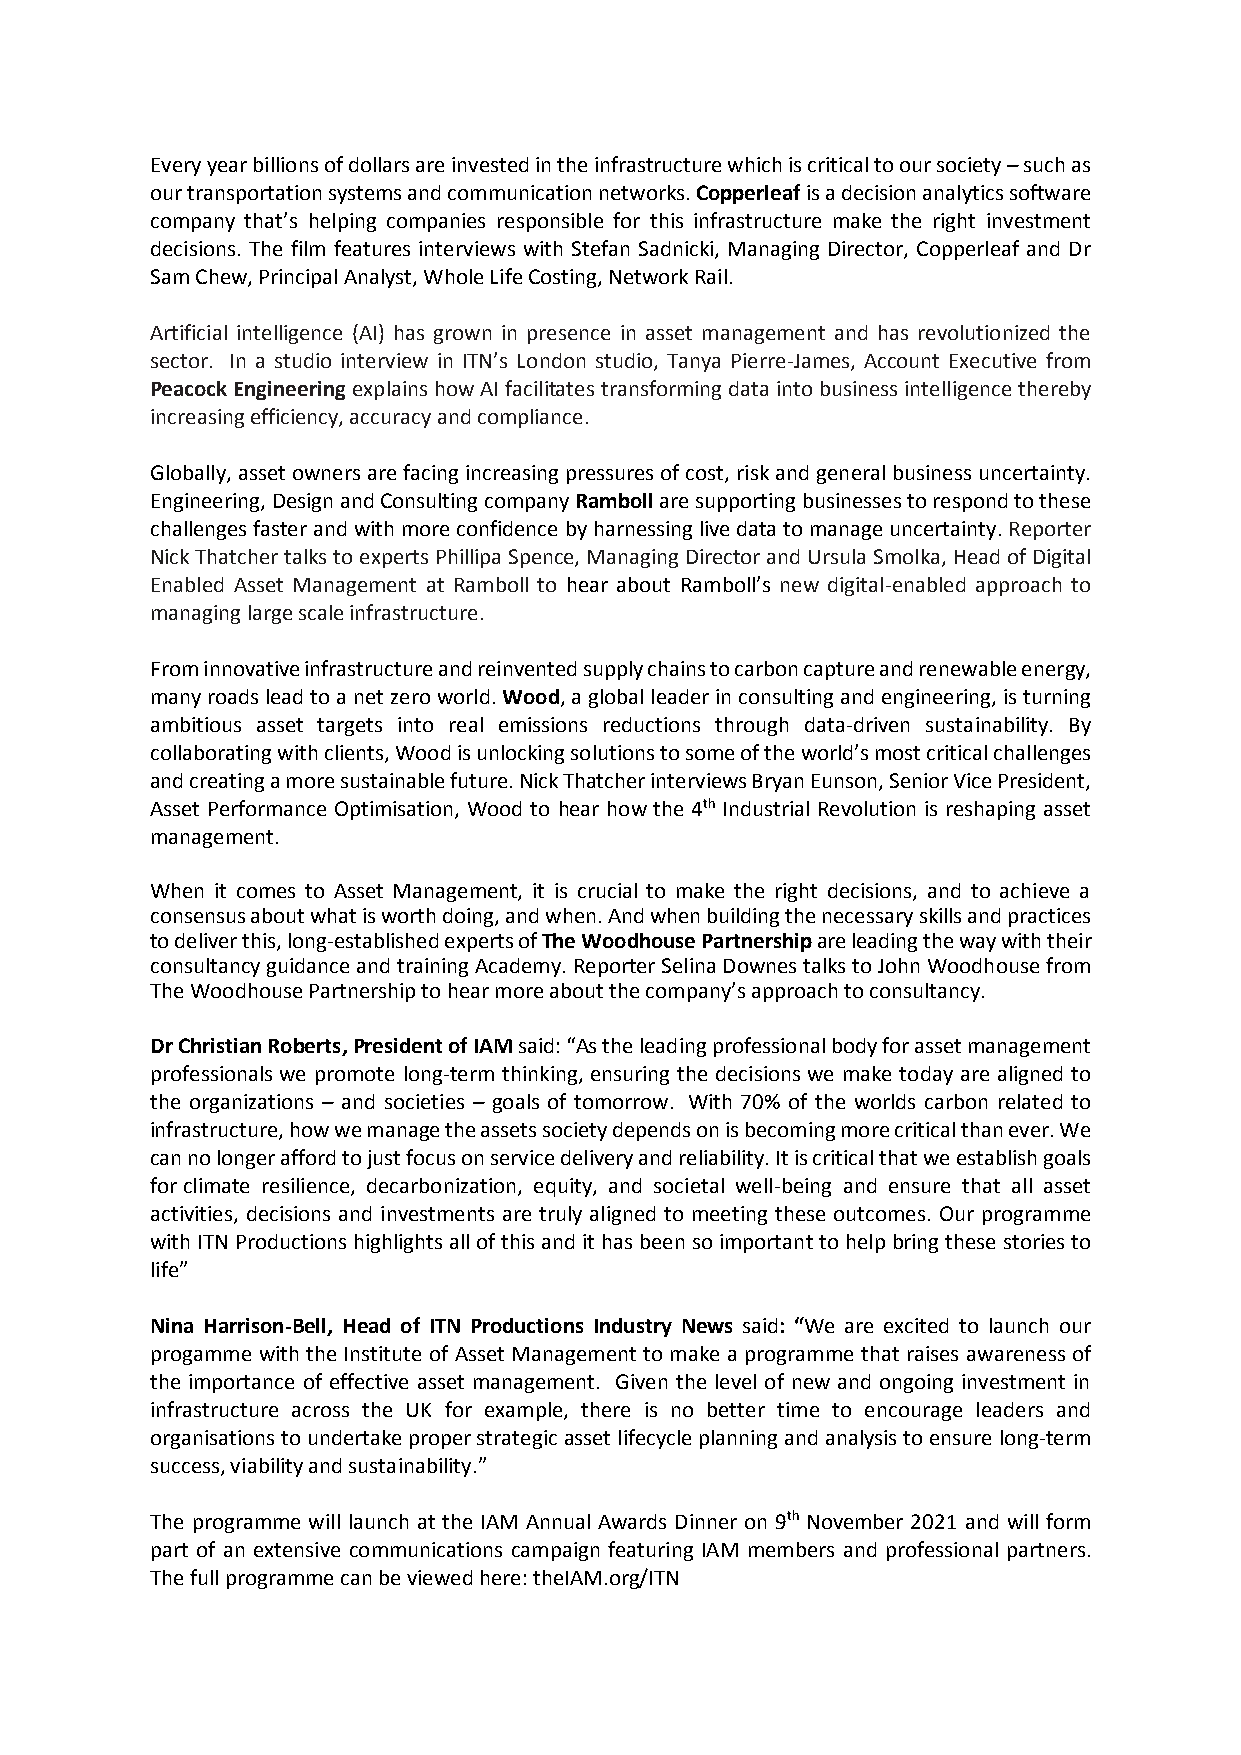
Every year billions of dollars are invested in the infrastructure which is critical to our society – such as
 our transportation systems and communication networks. Copperleaf is a decision analytics software
 company that’s helping companies responsible for this infrastructure make the right investment
 decisions. The film features interviews with Stefan Sadnicki, Managing Director, Copperleaf and Dr
 Sam Chew, Principal Analyst, Whole Life Costing, Network Rail.
 Artificial intelligence (AI) has grown in presence in asset management and has revolutionized the
 sector. In a studio interview in ITN’s London studio, Tanya Pierre-James, Account Executive from
 Peacock Engineering explains how AI facilitates transforming data into business intelligence thereby
 increasing efficiency, accuracy and compliance.
 Globally, asset owners are facing increasing pressures of cost, risk and general business uncertainty.
 Engineering, Design and Consulting company Ramboll are supporting businesses to respond to these
 challenges faster and with more confidence by harnessing live data to manage uncertainty. Reporter
 Nick Thatcher talks to experts Phillipa Spence, Managing Director and Ursula Smolka, Head of Digital
 Enabled Asset Management at Ramboll to hear about Ramboll’s new digital-enabled approach to
 managing large scale infrastructure.
 From innovative infrastructure and reinvented supply chains to carbon capture and renewable energy,
 many roads lead to a net zero world. Wood, a global leader in consulting and engineering, is turning
 ambitious asset targets into real emissions reductions through data-driven sustainability. By
 collaborating with clients, Wood is unlocking solutions to some of the world’s most critical challenges
 and creating a more sustainable future. Nick Thatcher interviews Bryan Eunson, Senior Vice President,
 Asset Performance Optimisation, Wood to hear how the 4th Industrial Revolution is reshaping asset
 management.
 When it comes to Asset Management, it is crucial to make the right decisions, and to achieve a
 consensus about what is worth doing, and when. And when building the necessary skills and practices
 to deliver this, long-established experts of The Woodhouse Partnership are leading the way with their
 consultancy guidance and training Academy. Reporter Selina Downes talks to John Woodhouse from
 The Woodhouse Partnership to hear more about the company’s approach to consultancy.
 Dr Christian Roberts, President of IAM said: “As the leading professional body for asset management
 professionals we promote long-term thinking, ensuring the decisions we make today are aligned to
 the organizations – and societies – goals of tomorrow. With 70% of the worlds carbon related to
 infrastructure, how we manage the assets society depends on is becoming more critical than ever. We
 can no longer afford to just focus on service delivery and reliability. It is critical that we establish goals
 for climate resilience, decarbonization, equity, and societal well-being and ensure that all asset
 activities, decisions and investments are truly aligned to meeting these outcomes. Our programme
 with ITN Productions highlights all of this and it has been so important to help bring these stories to
 life”
 Nina Harrison-Bell, Head of ITN Productions Industry News said: “We are excited to launch our
 progamme with the Institute of Asset Management to make a programme that raises awareness of
 the importance of effective asset management. Given the level of new and ongoing investment in
 infrastructure across the UK for example, there is no better time to encourage leaders and
 organisations to undertake proper strategic asset lifecycle planning and analysis to ensure long-term
 success, viability and sustainability.”
 The programme will launch at the IAM Annual Awards Dinner on 9th November 2021 and will form
 part of an extensive communications campaign featuring IAM members and professional partners.
 The full programme can be viewed here: theIAM.org/ITN